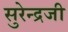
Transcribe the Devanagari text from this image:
सुरेन्द्रजी